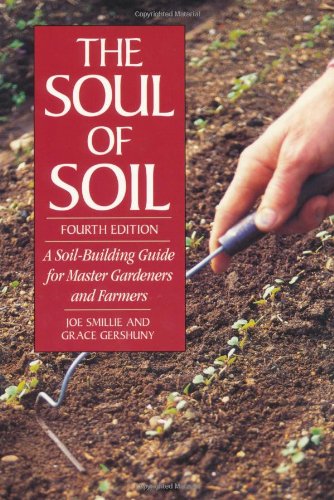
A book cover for The Soul of Soil: A Soil-Building Guide for Master Gardeners and Farmers, 4th Edition; Joseph Smillie; Crafts, Hobbies & Home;